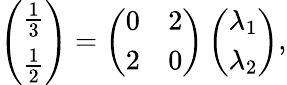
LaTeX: \left(\begin{array}{c}{\frac{1}{3}}\\ {\frac{1}{2}}\end{array}\right)=\left(\begin{array}{cc}{0}&{2}\\ {2}&{0}\end{array}\right)\left(\begin{array}{c}{\lambda_{1}}\\ {\lambda_{2}}\end{array}\right),